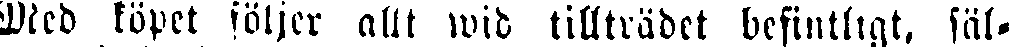
Med köpet följer allt wid tillträdet befintligt, säl-